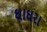
ઘાઘરા